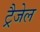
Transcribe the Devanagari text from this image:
ट्रैजेल